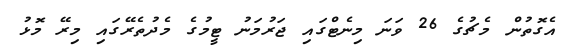
އެގޮތުން މެޗުގެ 26 ވަނަ މިނެޓްގައި ޖަރުމަނު ޓީމުގެ މެދުތެރޭގައި މިރޭ މޮޅު